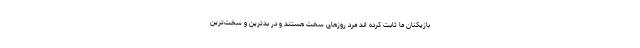
بازیکنان ما ثابت کرده اند مرد روزهای سخت هستند و در بدترین و سخت‌ترین